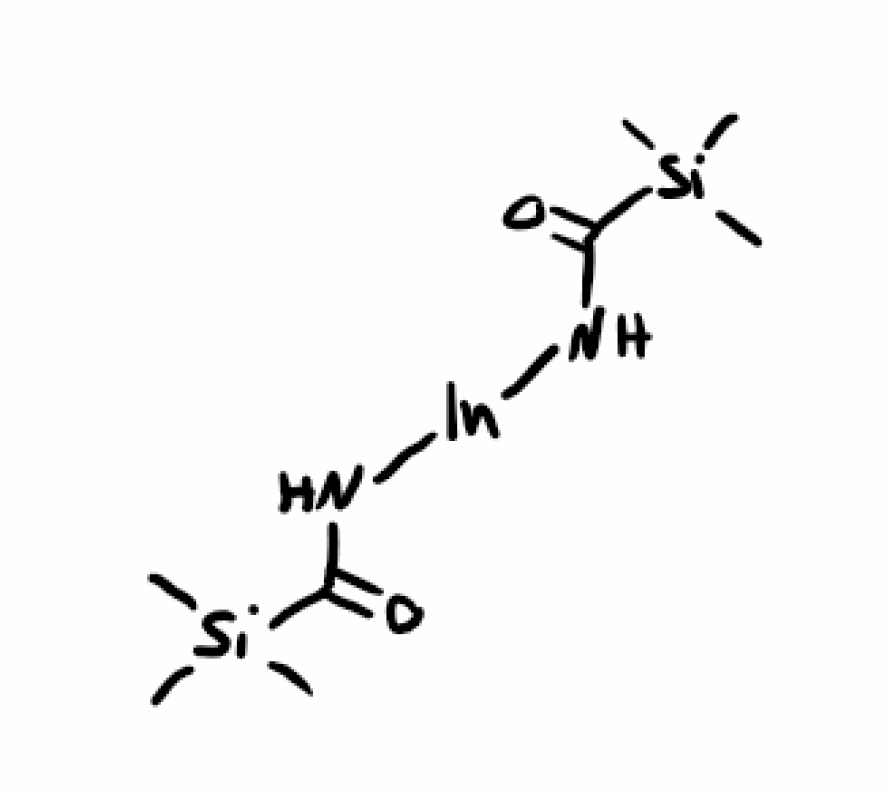
Simplified molecular-input line-entry system (SMILES) notation of the given molecule:
C[Si](C)(C)C(=O)N[In]NC(=O)[Si](C)(C)C